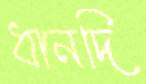
ধানদি